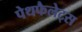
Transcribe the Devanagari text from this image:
पेथफैलेट्स